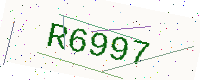
Text: R6997